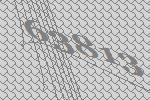
63813